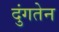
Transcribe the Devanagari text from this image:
दुंगतेन